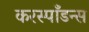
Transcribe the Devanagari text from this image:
करस्पाँडन्स